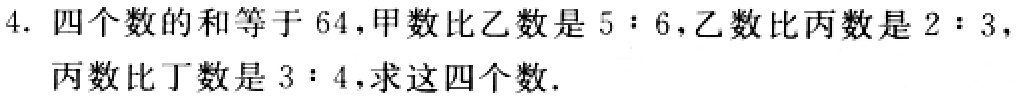
4. 四个数的和等于64，甲数比乙数是5：6，乙数比丙数是2：3，丙数比丁数是3：4，求这四个数.